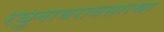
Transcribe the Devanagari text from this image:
रघुनाथरावसारखा